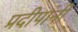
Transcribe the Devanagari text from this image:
प्रदीपांनी